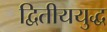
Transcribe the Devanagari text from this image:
द्वितीययुद्ध